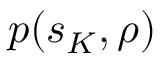
p ( s _ { K } , \rho )